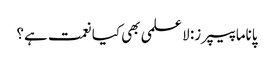
پاناما پیپرز: لا علمی بھی کیا نعمت ہے؟